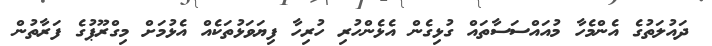
ދައުލަތުގެ އެންމެހާ މުއައްސަސާތައް ގުޅިގެން އެޅެންހުރި ހުރިހާ ފިޔަވަޅުތަކެއް އެޅުމަށް މިގްރޫޕުގެ ފަރާތުން